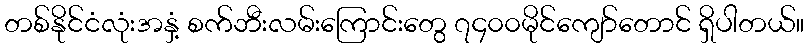
တစ်နိုင်ငံလုံးအနှံ့ စက်ဘီးလမ်းကြောင်းတွေ ၇၄၀၀မိုင်ကျော်တောင် ရှိပါတယ်။